Indian journal of veterinary science and animal husbandry - Volume 1,
Year: 1931
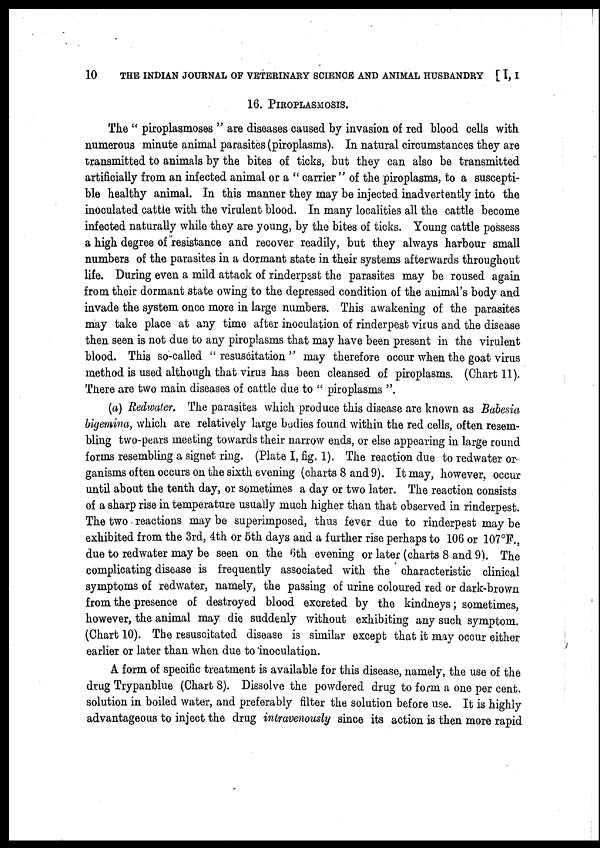
10
THE INDIAN JOURNAL OF VETERINARY SCIENCE AND ANIMAL HUSBANDRY [I, I
16. PIROPLASMOSIS.
The " piroplasmoses " are diseases caused by invasion of red blood cells with
numerous minute animal parasites (piroplasms). In natural circumstances they are
transmitted to animals by the bites of ticks, but they can also be transmitted
artificially from an infected animal or a " carrier " of the piroplasms, to a suscepti-
ble healthy animal. In this manner they may be injected inadvertently into the
inoculated cattle with the virulent blood. In many localities all the cattle become
infected naturally while they are young, by the bites of ticks. Young cattle possess
a high degree of resistance and recover readily, but they always harbour small
numbers of the parasites in a dormant state in their systems afterwards throughout
life. During even a mild attack of rinderpest the parasites may be roused again
from their dormant state owing to the depressed condition of the animal's body and
invade the system once more in large numbers. This awakening of the parasites
may take place at any time after inoculation of rinderpest virus and the disease
then seen is not due to any piroplasms that may have been present in the virulent
blood. This so-called " resuscitation " may therefore occur when the goat virus
method is used although that virus has been cleansed of piroplasms. (Chart 11).
There are two main diseases of cattle due to " piroplasms ".
(a) Redwater. The parasites which produce this disease are known as Babesia
bigemina, which are relatively large bodies found within the red cells, often resem-
bling two-pears meeting towards their narrow ends, or else appearing in large round
forms resembling a signet ring. (Plate I, fig. 1). The reaction due to redwater or
ganisms often occurs on the sixth evening (charts 8 and 9). It may, however, occur
until about the tenth day, or sometimes a day or two later. The reaction consists
of a sharp rise in temperature usually much higher than that observed in rinderpest.
The two reactions may be superimposed, thus fever due to rinderpest may be
exhibited from the 3rd, 4th or 5th days and a further rise perhaps to 106 or 107°F.,
due to redwater may be seen on the 6th evening or later (charts 8 and 9). The
complicating disease is frequently associated with the characteristic clinical
symptoms of redwater, namely, the passing of urine coloured red or dark-brown
from the presence of destroyed blood excreted by the kindneys; sometimes,
however, the animal may die suddenly without exhibiting any such symptom.
(Chart 10). The resuscitated disease is similar except that it may occur either
earlier or later than when due to inoculation.
A form of specific treatment is available for this disease, namely, the use of the
drug Trypanblue (Chart 8). Dissolve the powdered drug to form a one per cent.
solution in boiled water, and preferably filter the solution before use. It is highly
advantageous to inject the drug intravenously since its action is then more rapid